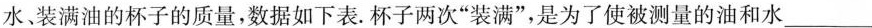
水、装满油的杯子的质量，数据如下表.杯子两次”装满”，是为了使被测量的油和水___